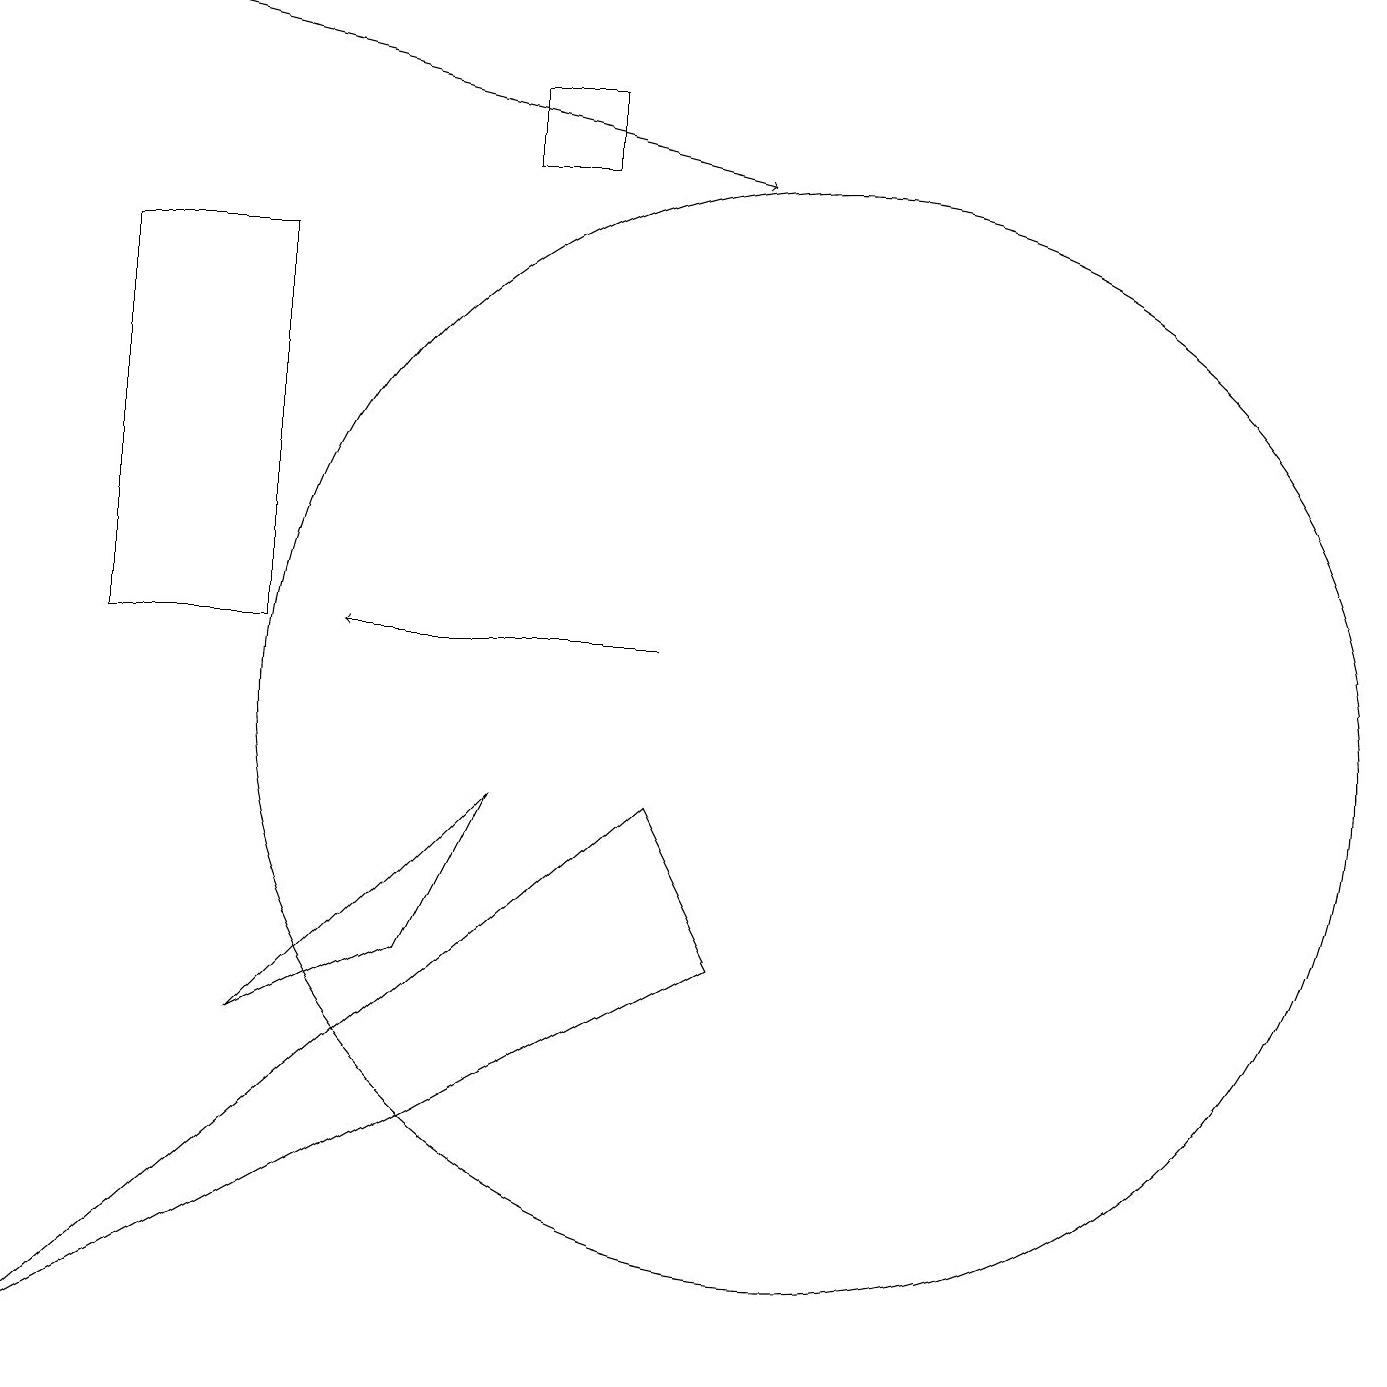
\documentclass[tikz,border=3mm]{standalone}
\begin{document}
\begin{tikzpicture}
\draw (3,11) rectangle (1,16);
\draw (0,2) -- (8,9) -- (9,7) -- cycle;
\draw (6,18) rectangle (7,17);
\draw (6,9) -- (5,7) -- (3,6) -- cycle;
\draw[->] (8,11) -- (4,11);
\draw (10,10) circle (7);
\draw[->] (1,19) -- (9,17);
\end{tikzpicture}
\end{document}